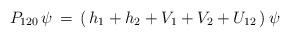
LaTeX: \begin{align*}P_{120}\,\psi\,=\,(\,h_1+h_2+V_1+V_2+U_{12}\,)\,\psi\end{align*}